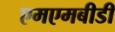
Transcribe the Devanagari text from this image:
एमएमबीडी